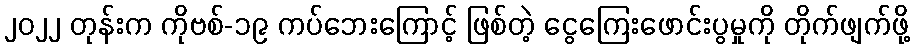
၂၀၂၂ တုန်းက ကိုဗစ်-၁၉ ကပ်ဘေးကြောင့် ဖြစ်တဲ့ ငွေကြေးဖောင်းပွမှုကို တိုက်ဖျက်ဖို့